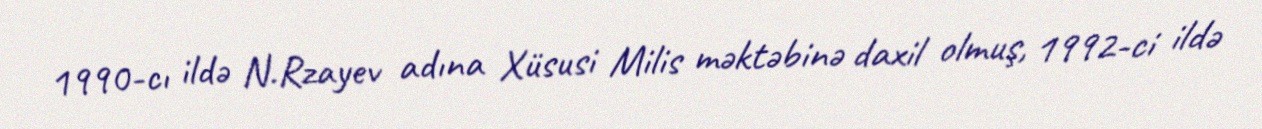
1990-cı ildə N.Rzayev adına Xüsusi Milis məktəbinə daxil olmuş, 1992-ci ildə